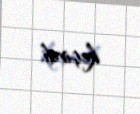
keçirdi.